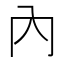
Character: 內